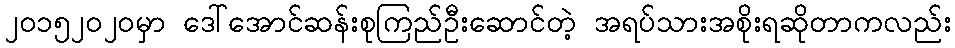
၂၀၁၅၂၀၂၀မှာ ဒေါ်အောင်ဆန်းစုကြည်ဦးဆောင်တဲ့ အရပ်သားအစိုးရဆိုတာကလည်း